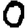
Digit: 0